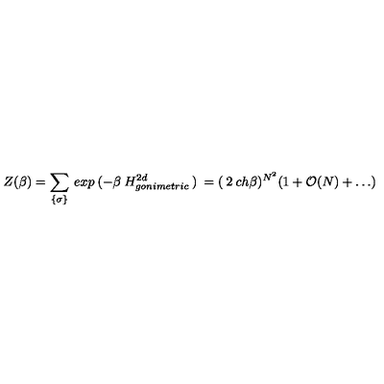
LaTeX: Z ( \beta ) = \sum _ { \{ \sigma \} } \: e x p \: ( - \beta \: H _ { g o n i m e t r i c } ^ { 2 d } \: ) \: = ( \: 2 \: c h \beta ) ^ { N ^ { 2 } } ( 1 + { \cal O } ( N ) + \ldots )